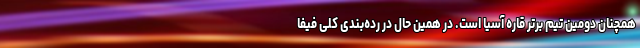
همچنان دومین تیم برتر قاره آسیا است. در همین حال در رده‌بندی کلی فیفا